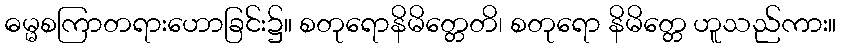
ဓမ္မစကြာတရားဟောခြင်း၌။ စတုရောနိမိတ္တေတိ၊ စတုရော နိမိတ္တေ ဟူသည်ကား။